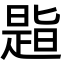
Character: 𪰾